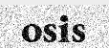
osis